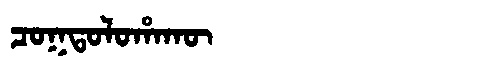
Manchu: ᠴᠣᡴᡨᠣᠯᠣᡥᠠᡴᡡ
Romanization: COKTOLOHAKŪ